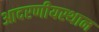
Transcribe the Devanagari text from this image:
आदरणीयस्थान